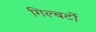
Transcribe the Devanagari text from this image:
गिल्बर्टो